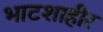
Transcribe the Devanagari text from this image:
भाटशाहीर